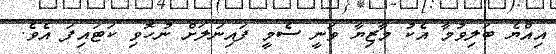
އިއްޔެ ބަލިވުމާ އެކު މާޒިޔާ ވަނީ ސެމީ ފައިނަލަށް ނުހޮވި ކަޓައިފަ އެވެ.